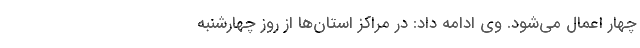
چهار اعمال می‌شود. وی ادامه داد: در مراکز استان‌ها از روز چهارشنبه